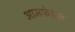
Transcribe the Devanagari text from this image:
आमफेहम